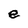
Character: e